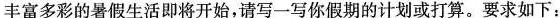
丰富多彩的暑假生活即将开始，请写一写你假期的计划或打算。要求如下：